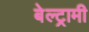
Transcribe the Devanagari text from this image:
बेल्ट्रामी